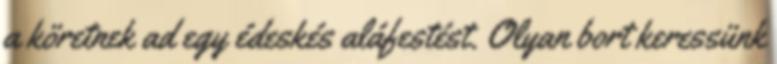
a köretnek ad egy édeskés aláfestést. Olyan bort keressünk